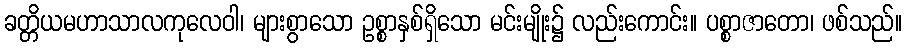
ခတ္တိယမဟာသာလကုလေဝါ၊ များစွာသော ဥစ္စာနှစ်ရှိသော မင်းမျိုး၌ လည်းကောင်း။ ပစ္စာဇာတော၊ ဖစ်သည်။